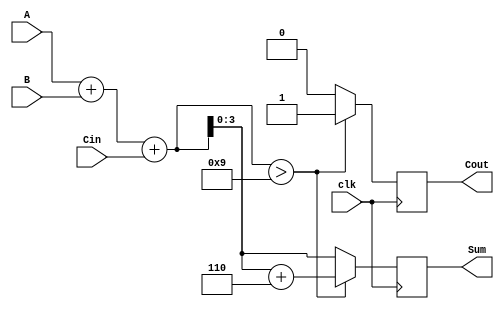
module BCD_Synchronous_Adder (
    input wire [3:0] A,      // First BCD digit
    input wire [3:0] B,      // Second BCD digit
    input wire Cin,          // Carry-in
    input wire clk,          // Clock signal
    output reg [3:0] Sum,    // BCD result
    output reg Cout          // Carry-out
);

    reg [4:0] S;             // Intermediate sum (5 bits to accommodate carry)

    always @(posedge clk) begin
        // Step 1: Add A, B, and Cin
        S = A + B + Cin;

        // Step 2: Check if correction is needed
        if (S > 9) begin
            // Apply BCD correction by adding 6
            S = S + 5'b00110; // 6 in binary
            Cout = 1;         // Set carry-out
        end else begin
            Cout = 0;         // No carry-out
        end

        // Step 3: Assign the lower 4 bits to Sum
        Sum = S[3:0];
    end

endmodule